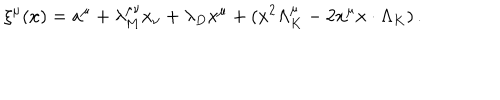
\xi ^ { \mu } ( x ) = a ^ { \mu } + \lambda _ { M } ^ { \mu \nu } x _ { \nu } + \lambda _ { D } x ^ { \mu } + ( x ^ { 2 } \Lambda _ { K } ^ { \mu } - 2 x ^ { \mu } x \cdot \Lambda _ { K } ) \, .